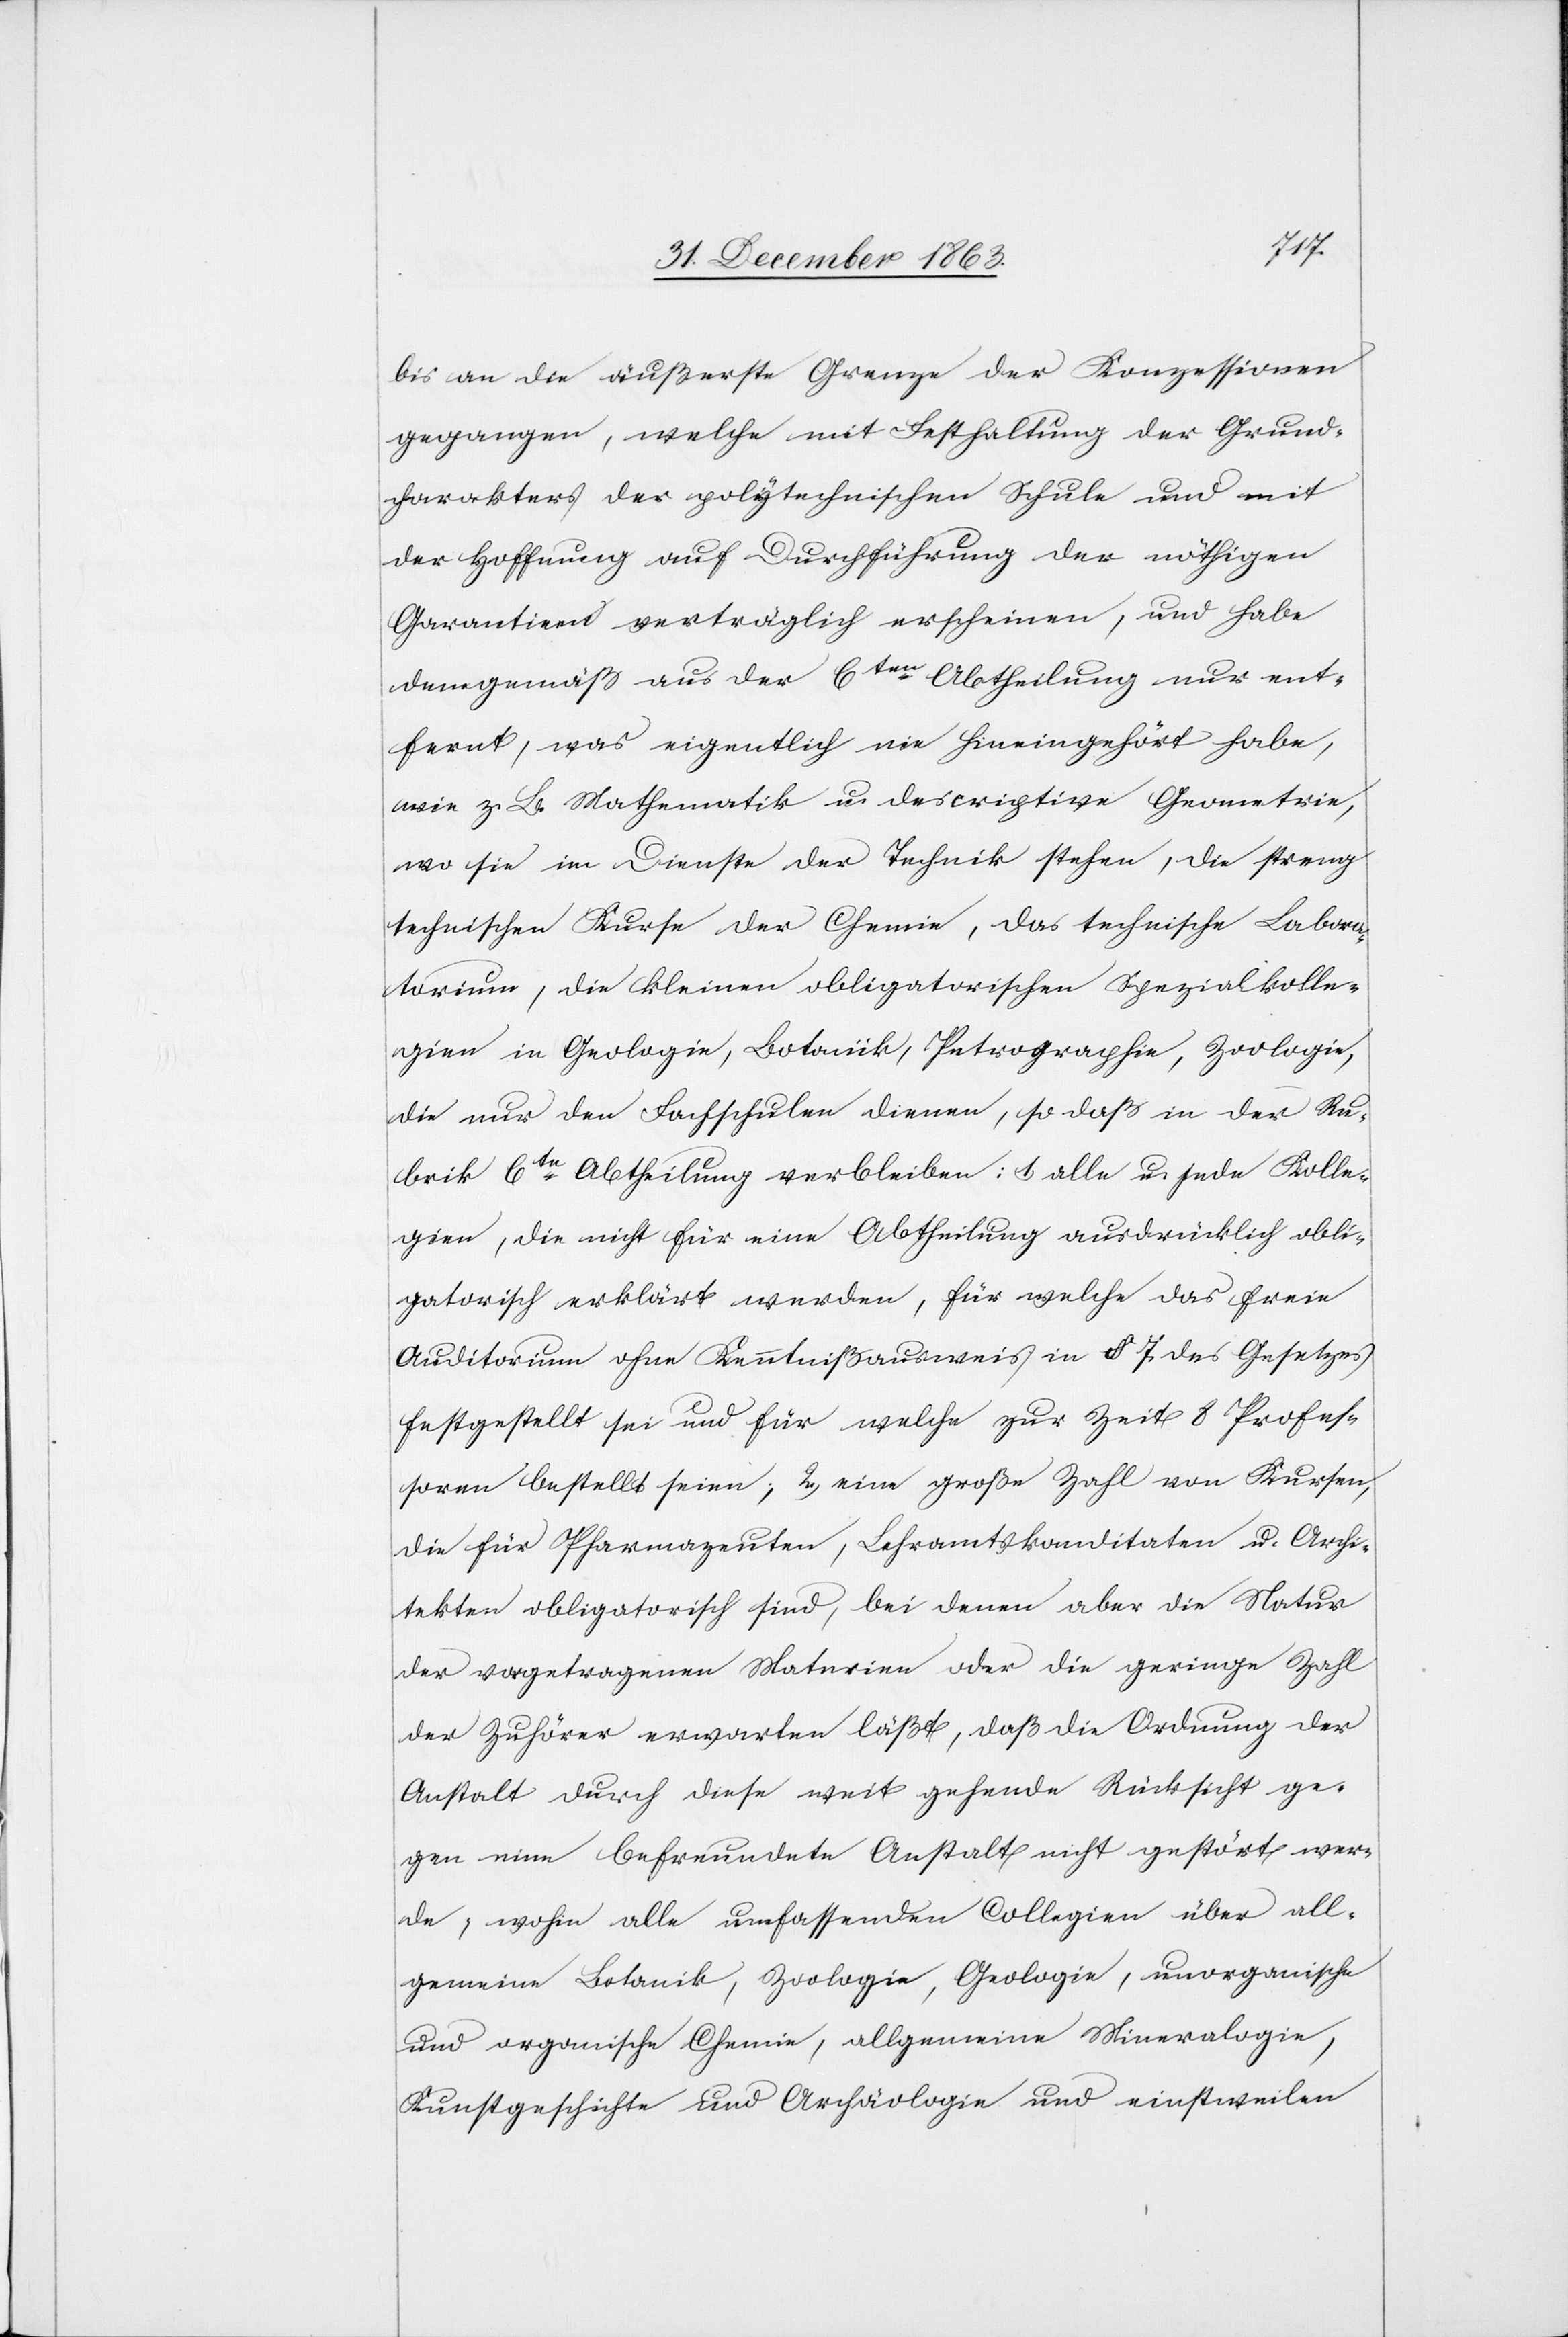
bis an die äußerste Grenze der Konzessionen
gegangen, welche mit Festhaltung der [sic!] Grund¬
charakters der polytechnischen Schule und mit
der Hoffnung auf Durchführung der nöthigen
Garantieen verträglich erscheinen, und habe
demgemäß aus der 6ten Abtheilung nur ent¬
fernt, was eigentlich nie hineingehört habe,
wie z. B. Mathematik u. descriptive Geometrie,
wo sie im Dienste der Technik stehen, die streng
technischen Kurse der Chemie, das technische Labora¬
torium, die kleinen obligatorischen Spezialkolle¬
gien in Geologie, Botanik, Petrographie, Zoologie,
die nur den Fachschulen dienen, so daß in der Ru¬
brik 6te Abtheilung verbleiben: 1.) alle u. jede Kolle¬
gien, die nicht für eine Abtheilung ausdrücklich obli¬
gatorisch erklärt werden, für welche das freie
Auditorium ohne Kenntnißausweis in § 7 des Gesetzes
festgestellt sei und für welche zur Zeit 8 Profes¬
soren bestellt seien; 2.) eine große Zahl von Kursen,
die für Pharmazeuten, Lehramtskanditaten u. Archi¬
tekten obligatorisch sind, bei denen aber die Natur
der vorgetragenen Materien oder die geringe Zahl
der Zuhörer erwarten läßt, daß die Ordnung der
Anstalt durch diese weit gehende Rücksicht ge¬
gen eine befreundete Anstalt nicht gestört wer¬
de; wohin alle umfassenden Collegien über all¬
gemeine Botanik, Zoologie, Geologie, unorganische
und organische Chemie, allgemeine Mineralogie,
Kunstgeschichte und Archäologie und einstweilen